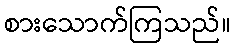
စားသောက်ကြသည်။